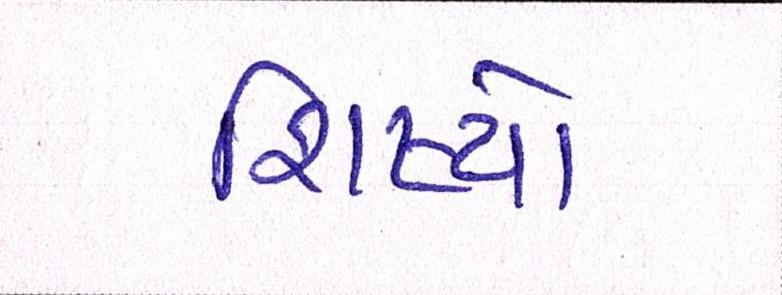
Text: શિષ્યો